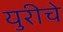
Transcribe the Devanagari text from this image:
युरीचे